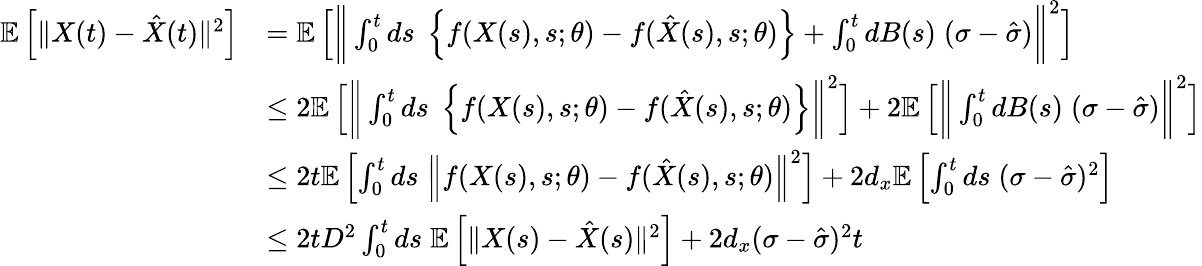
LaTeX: \begin{array}{rl}{\mathbb{E}\left[\Vert X(t)-\hat{X}(t)\Vert^{2}\right]}&{=\mathbb{E}\left[\bigg\Vert\int_{0}^{t}ds\; \left\{ f(X(s),s;\theta)-f(\hat{X}(s),s;\theta)\right\} +\int_{0}^{t}dB(s)\; (\sigma-\hat{\sigma})\bigg\Vert^{2}\right]}\\ &{\leq 2\mathbb{E}\left[\bigg\Vert\int_{0}^{t}ds\; \left\{ f(X(s),s;\theta)-f(\hat{X}(s),s;\theta)\right\} \bigg\Vert^{2}\right]+2\mathbb{E}\left[\bigg\Vert\int_{0}^{t}dB(s)\; (\sigma-\hat{\sigma})\bigg\Vert^{2}\right]}\\ &{\leq 2t\mathbb{E}\left[\int_{0}^{t}ds\; \Big\Vert f(X(s),s;\theta)-f(\hat{X}(s),s;\theta)\Big\Vert^{2}\right]+2d_{x}\mathbb{E}\left[\int_{0}^{t}ds\; (\sigma-\hat{\sigma})^{2}\right]}\\ &{\leq 2tD^{2}\int_{0}^{t}ds\; \mathbb{E}\left[\Vert X(s)-\hat{X}(s)\Vert^{2}\right]+2d_{x}(\sigma-\hat{\sigma})^{2}t}\end{array}